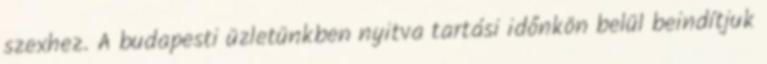
szexhez. A budapesti üzletünkben nyitva tartási időnkön belül beindítjuk